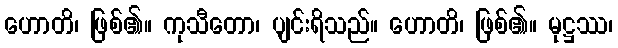
ဟောတိ၊ ဖြစ်၏။ ကုသီတော၊ ပျင်းရိသည်။ ဟောတိ၊ ဖြစ်၏။ မုဋ္ဌဿ၊